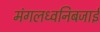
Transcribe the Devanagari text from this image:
मंगलध्वनिबजाई